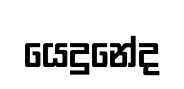
යෙදුනේද